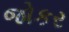
જોકર